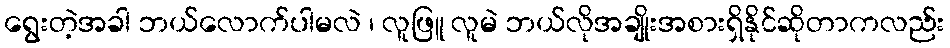
ရွေးတဲ့အခါ ဘယ်လောက်ပါမလဲ ၊ လူဖြူ လူမဲ ဘယ်လိုအချိုးအစားရှိနိုင်ဆိုတာကလည်း